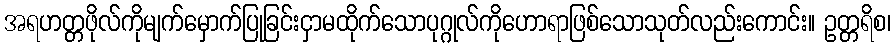
အရဟတ္တဖိုလ်ကိုမျက်မှောက်ပြုခြင်းငှာမထိုက်သောပုဂ္ဂုလ်ကိုဟောရာဖြစ်သောသုတ်လည်းကောင်း။ ဥတ္တရိစ၊